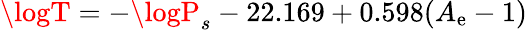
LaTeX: \logT=-\logP_{s}-22.169+0.598(A_{\mathrm{e}}-1)